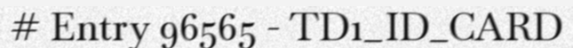
# Entry 96565 - TD1_ID_CARD